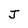
Character: J